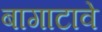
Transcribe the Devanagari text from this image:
बागाटावे